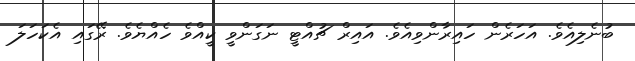
ބުނެލިއެވެ. އަހަރެން ހައިރާންވިއެވެ. އައިރް ޗުއްޓީ ނަގަންވީ ކީއްވެ ހެއްޔެވެ. ރޭގައި އެކަހަލަ